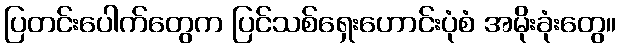
ပြတင်းပေါက်တွေက ပြင်သစ်ရှေးဟောင်းပုံစံ အမိုးခုံးတွေ။